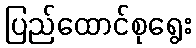
ပြည်ထောင်စုရွေး